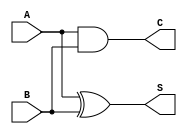
module carry_lookahead_half_adder (
    input wire A,    // First input bit
    input wire B,    // Second input bit
    output wire S,   // Sum output
    output wire C    // Carry output
);

// Sum calculation using XOR
assign S = A ^ B;

// Carry calculation using AND
assign C = A & B;

endmodule